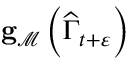
\mathbf { g } _ { \mathcal { M } } \left( \widehat { \Gamma } _ { t + \varepsilon } \right)